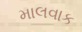
માલવાક